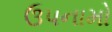
ઉપનામો